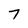
Character: 7